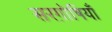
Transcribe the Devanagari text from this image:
सरग़ोषियाँ